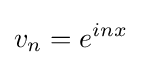
v_{n}=e^{inx}